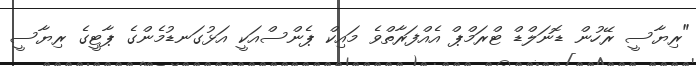
"ރިޔާސީ ރޭހުން ޑޮނަލްޑް ޓްރަމްޕް އެއްފަރާތްވެ މައިކް ޕެންސްއަކީ އަޅުގަނޑުމެންގެ ޕާޓީގެ ރިޔާސީ